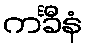
ကင်္ခီနံ